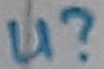
Text: U?